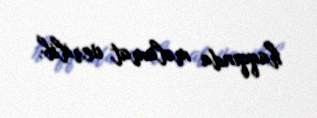
haqqında məlumat verilib.